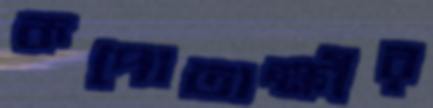
কপোতাক্ষীর